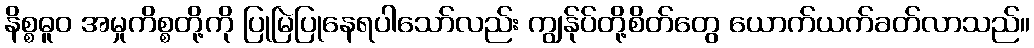
နိစ္စဓူဝ အမှုကိစ္စတို့ကို ပြုမြဲပြုနေရပါသော်လည်း ကျွန်ုပ်တို့စိတ်တွေ ယောက်ယက်ခတ်လာသည်။